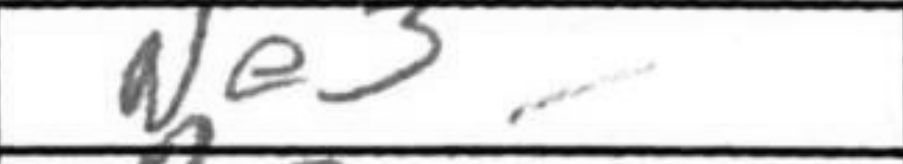
Transcription: Ne3